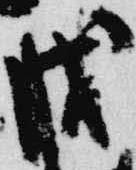
戊